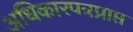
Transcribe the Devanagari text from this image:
अधिकारपत्रप्राप्त